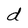
Character: d